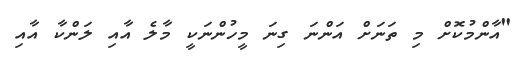
"އާންމުކޮށް މި ތަނަށް އަންނަ ގިނަ މީހުންނަކީ މާލެ އާއި ލަންކާ އާއި